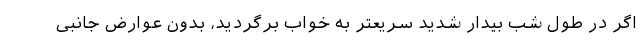
اگر در طول شب بیدار شدید سریعتر به خواب برگردید، بدون عوارض جانبی